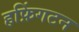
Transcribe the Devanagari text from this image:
हफ़िंगटन